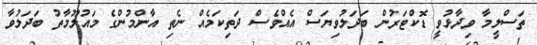
ތަސްލީމާ ވިދާޅުވީ ޑޮކްޓަރުން ބަދަލުވިޔަސް އެއްވެސް ދަތިކަމެއް ނެތި އާންމުންގެ މައުލޫމާތު ބަދަލުވާ